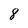
Character: 8